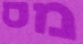
מס